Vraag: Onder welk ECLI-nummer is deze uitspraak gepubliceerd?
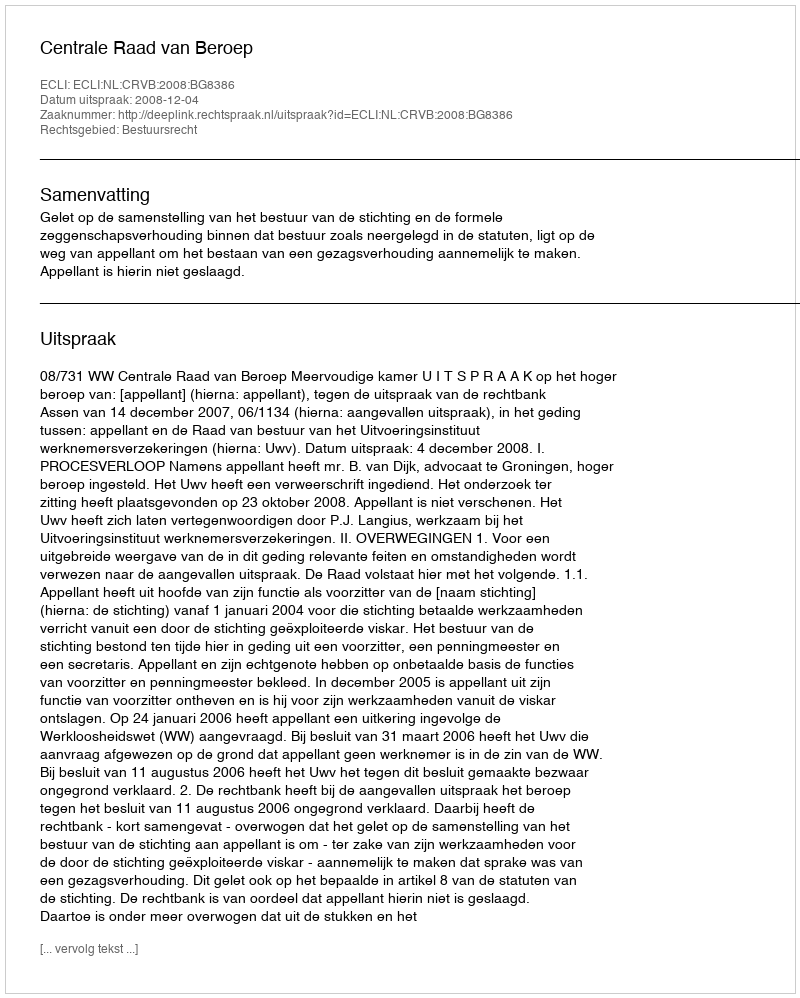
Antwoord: ECLI:NL:CRVB:2008:BG8386